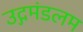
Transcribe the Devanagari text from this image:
उद्गमंडलम